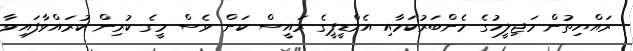
ރައްޔިތުން މަޖިލީހުގެ މެންބަރުކަމާއި އެމްޑީޕީގެ ރައީސް ކަން ވެސް މީގެ ކުރިން ކުރައްވާފައިވާ